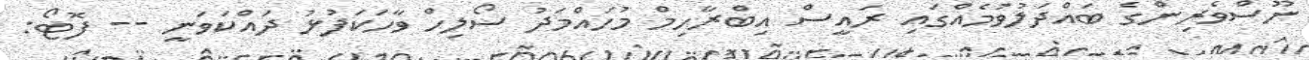
ނޫސްވެރިންގެ ބައްދަލުވުމެއްގައި ރައީސް އިބްރާހިމް މުހައްމަދު ސޯލިހް ވާހަކަފުޅު ދައްކަވަނީ -- ފޮޓޯ: